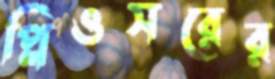
প্লিওসরের